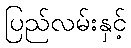
ပြည်လမ်းနှင့်